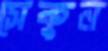
সেকুন